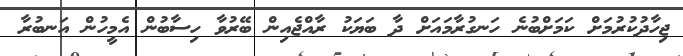
ޖިހާދުކުރުމަށް ކަމަށްބުނެ ހަނގުރާމައަށް ދާ ބަޔަކު ރާއްޖެއިން ބޭރުވާ ހިސާބުން އެމީހުން އަނބުރާ